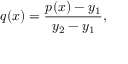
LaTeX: q ( x ) = { \frac { p ( x ) - y _ { 1 } } { y _ { 2 } - y _ { 1 } } } ,